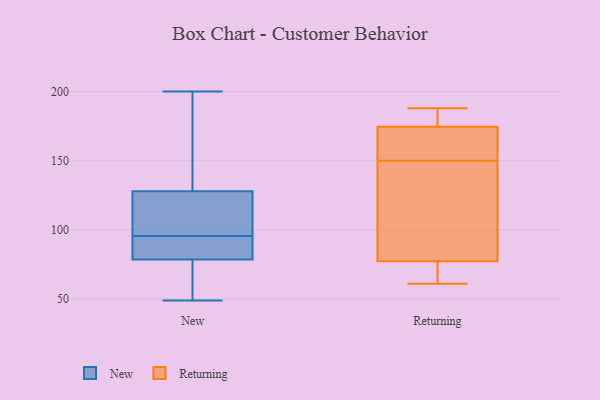
{"axis": {"x": "Waste Production (Tons)", "y": "Value"}, "legend": ["New", "Returning"], "data": [{"x": "", "y": 93, "type": "New"}, {"x": "", "y": 54, "type": "New"}, {"x": "", "y": 200, "type": "New"}, {"x": "", "y": 85, "type": "New"}, {"x": "", "y": 72, "type": "New"}, {"x": "", "y": 176, "type": "New"}, {"x": "", "y": 111, "type": "New"}, {"x": "", "y": 123, "type": "New"}, {"x": "", "y": 92, "type": "New"}, {"x": "", "y": 133, "type": "New"}, {"x": "", "y": 49, "type": "New"}, {"x": "", "y": 98, "type": "New"}, {"x": "", "y": 188, "type": "Returning"}, {"x": "", "y": 174, "type": "Returning"}, {"x": "", "y": 83, "type": "Returning"}, {"x": "", "y": 78, "type": "Returning"}, {"x": "", "y": 147, "type": "Returning"}, {"x": "", "y": 161, "type": "Returning"}, {"x": "", "y": 176, "type": "Returning"}, {"x": "", "y": 64, "type": "Returning"}, {"x": "", "y": 61, "type": "Returning"}, {"x": "", "y": 150, "type": "Returning"}, {"x": "", "y": 75, "type": "Returning"}, {"x": "", "y": 186, "type": "Returning"}, {"x": "", "y": 171, "type": "Returning"}]}